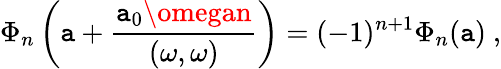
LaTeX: \Phi_{n}\left(\mathtt{a}+\frac{{\mathtt{a}_{0}\omegan}}{{(\omega,\omega)}}\right)=(-1)^{n+1}\Phi_{n}(\mathtt{a})\ ,